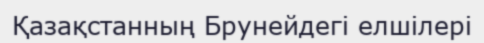
Қазақстанның Брунейдегі елшілері